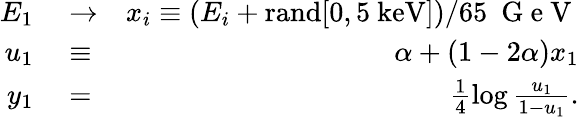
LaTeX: \begin{array}{rlr}{E_{1}}&{{}\to}&{x_{i}\equiv(E_{i}+\mathrm{rand}[0,5~\mathrm{keV}])/65~\mathrm{~G~e~V~}}\\ {u_{1}}&{{}\equiv}&{\alpha+(1-2\alpha)x_{1}}\\ {y_{1}}&{{}=}&{\frac{1}{4}\log\frac{u_{1}}{1-u_{1}}.}\end{array}